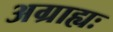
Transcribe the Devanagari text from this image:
अग्राह्यः